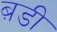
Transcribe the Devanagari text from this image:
ब़डी